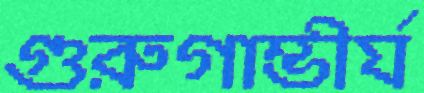
গুরুগাম্ভীর্য